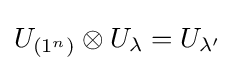
U_{(1^{n})}\otimes U_{\lambda }=U_{\lambda '}